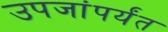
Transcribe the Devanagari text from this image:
उपजांपर्यंत